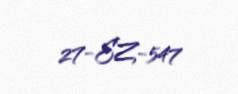
27-EZ-547